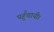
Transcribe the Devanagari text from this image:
पहुँचायी।